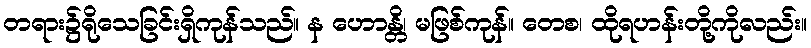
တရား၌ရိုသေခြင်းရှိကုန်သည်။ န ဟောန္တိ၊ မဖြစ်ကုန်။ တေစ၊ ထိုရဟန်းတို့ကိုလည်း။